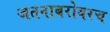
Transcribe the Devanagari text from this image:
जतनाबरोबरच